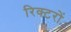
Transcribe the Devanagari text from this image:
रिक्टरों